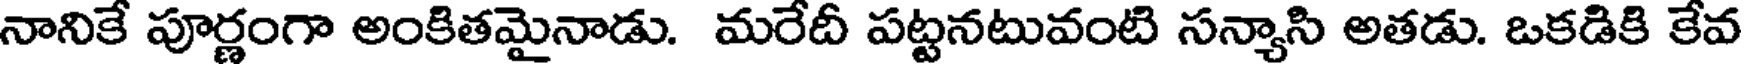
నానికే పూర్ణంగా అంకితమైనాడు. మరేదీ పట్టనటువంటి సన్యాసి అతడు. ఒకడికి కేవ